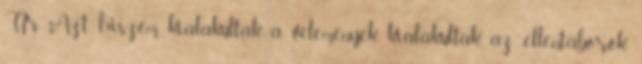
Úr Azt hiszem kialakultak a vélemények, kialakultak az ellentáborok,